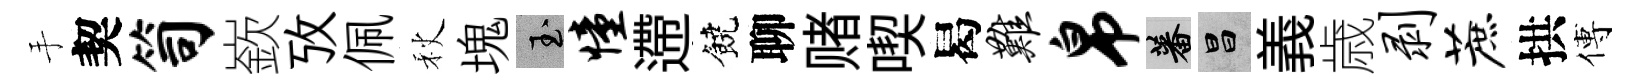
手契笥嶔攷佩秋塊玉憧遰饒聊赌喫曷难帛蕃昌義歳剥蔗拱傅